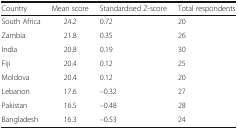
| Country | Mean score | Standardised Z-score | Total respondents |
 | --- | --- | --- | --- |
 | South Africa | 24.2 | 0.72 | 20 |
 | Zambia | 21.8 | 0.35 | 26 |
 | India | 20.8 | 0.19 | 30 |
 | Fiji | 20.4 | 0.12 | 25 |
 | Moldova | 20.4 | 0.12 | 20 |
 | Lebanon | 17.6 | –0.32 | 27 |
 | Pakistan | 16.5 | –0.48 | 28 |
 | Bangladesh | 16.3 | –0.53 | 24 |